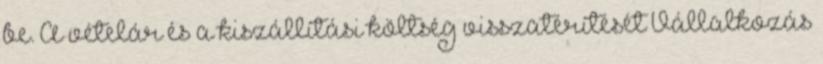
be. A vételár és a kiszállítási költség visszatérítését Vállalkozás